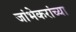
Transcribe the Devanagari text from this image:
जांभेकरांच्या